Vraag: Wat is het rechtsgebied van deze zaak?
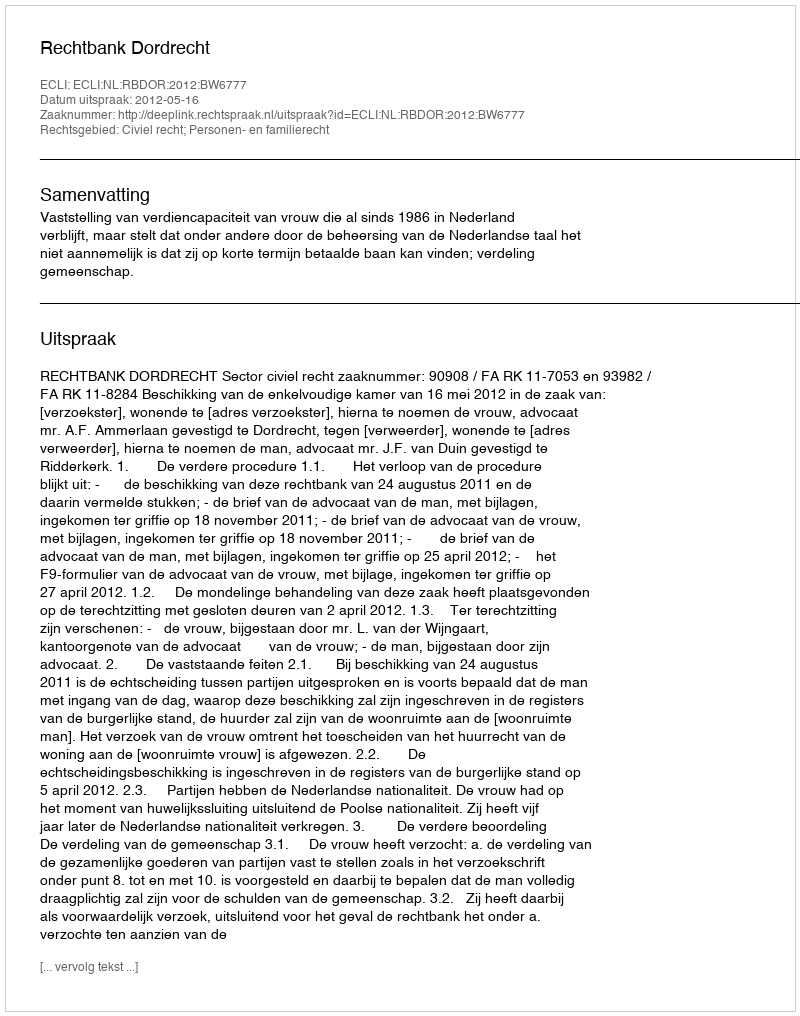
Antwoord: Civiel recht; Personen- en familierecht